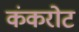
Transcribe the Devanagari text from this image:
कंकरोट